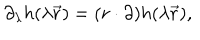
\partial _ { \lambda } h ( \lambda \vec { r } ) = ( r \cdot \partial ) h ( \lambda \vec { r } ) ,